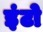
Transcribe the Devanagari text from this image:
इंटो